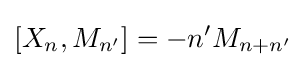
[X_{n},M_{n'}]=-n'M_{n+n'}